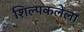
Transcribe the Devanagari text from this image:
शिल्पकलेला